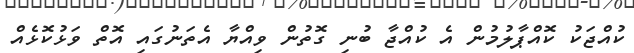
ކުއްޖަކު ކޮއްޕާލުމުން އެ ކުއްޖާ ބުނި ގޮތުން ވިއްޔާ އެތަނުގައި އޮތް ވަޅުކޮޅެއް